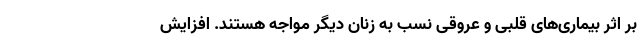
بر اثر بیماری‌های قلبی و عروقی نسب به زنان دیگر مواجه هستند. افزایش